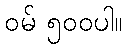
ဝမ် ၅၀၀ပါ။